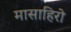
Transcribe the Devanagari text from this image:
मासाहिरो